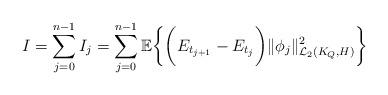
LaTeX: \begin{align*}I = \sum_{j = 0}^{n-1}I_{j} = \sum_{j = 0}^{n - 1} \mathbb{E}\bigg\{\bigg(E_{t_{j+1}}-E_{t_j}\bigg) \|\phi_j\|^2_{\mathcal{L}_2(K_Q,H)}\bigg\} \end{align*}